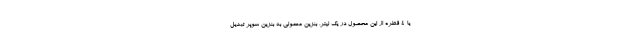
یا ۴ قطره از این محصول در یک لیتر، بنزین معمولی به بنزین سوپر تبدیل